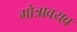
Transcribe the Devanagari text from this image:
गोत्रावयव